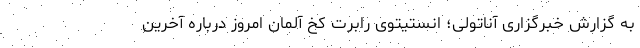
به گزارش خبرگزاری آناتولی؛ انستیتوی رابرت کخ آلمان امروز درباره آخرین